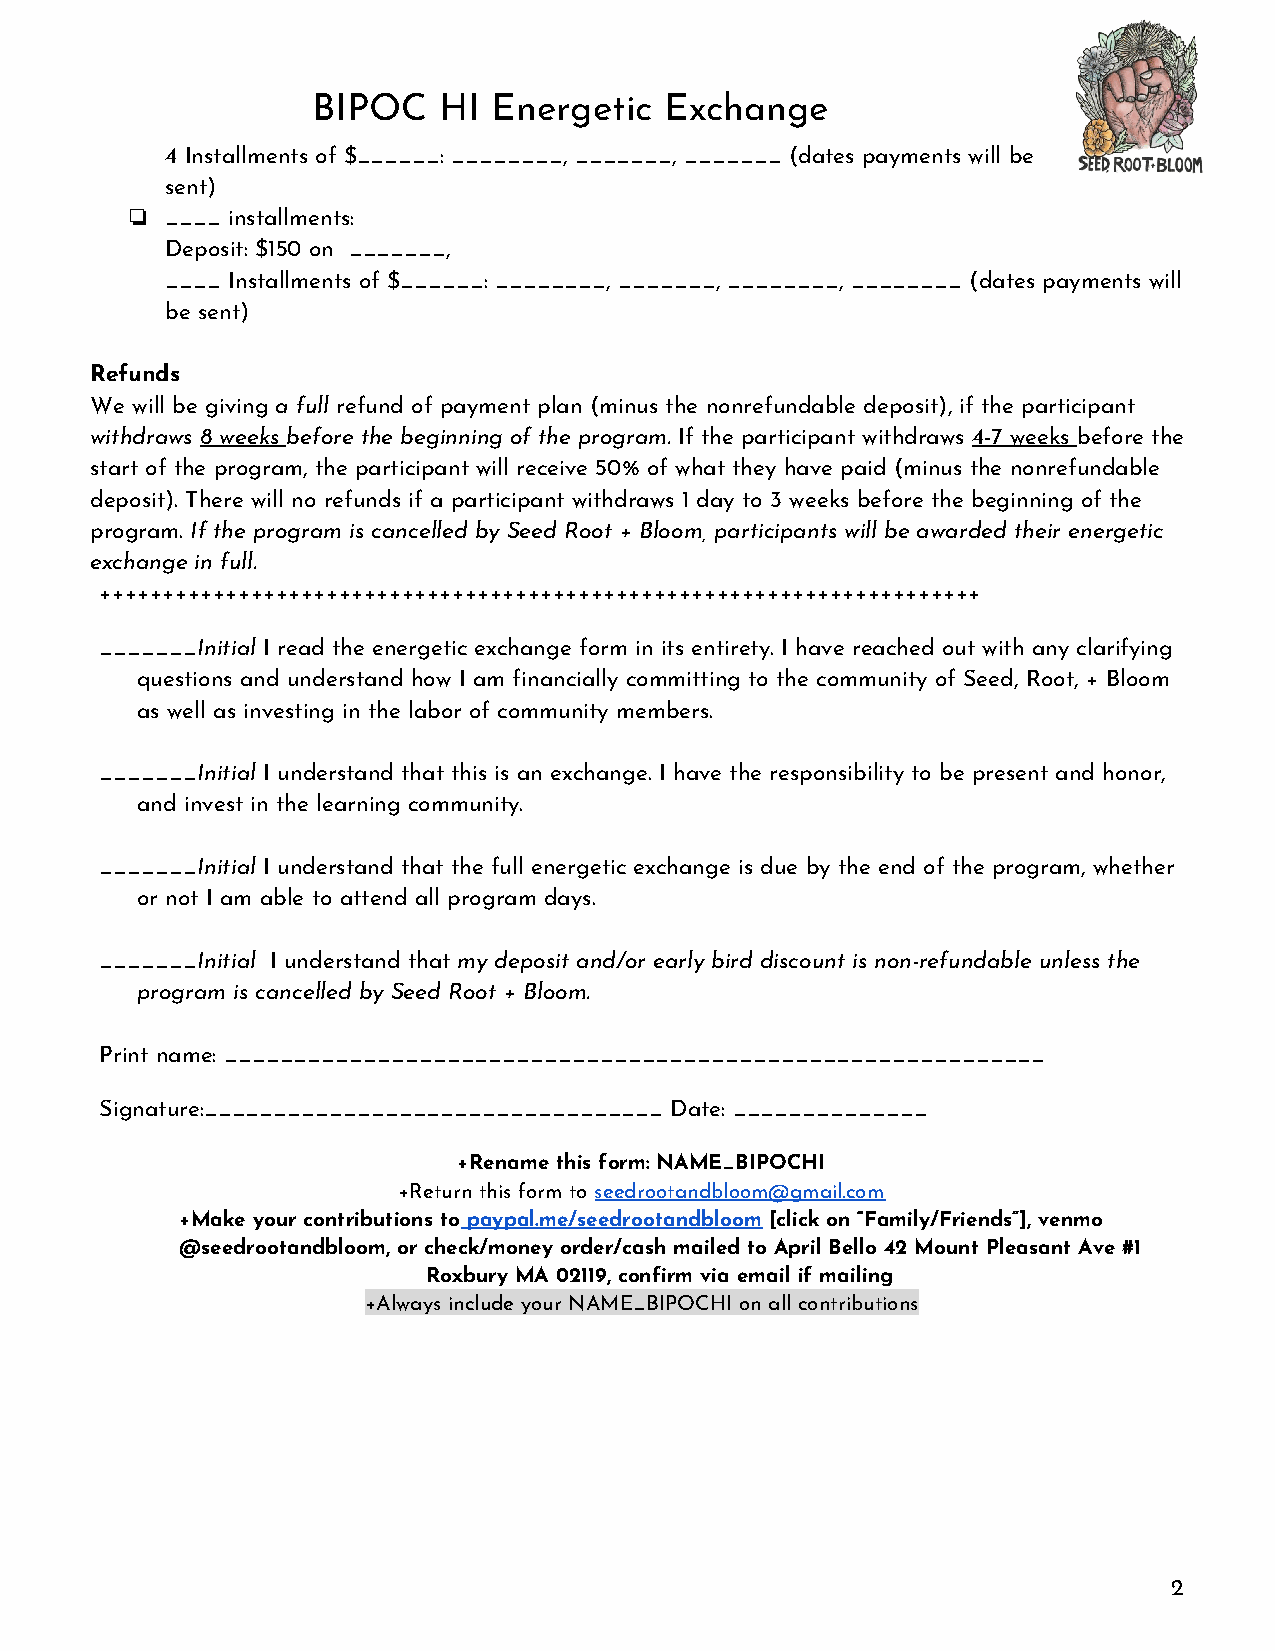
BIPOC   HI  Energetic  Exchange
 4 Installments of $______: ________, _______, _______ (dates payments will be
 sent)
 ❏  ____ installments:
 Deposit: $150 on _______,
 ____ Installments of $______: ________, _______, ________, ________ (dates payments will
 be sent)
 Refunds
 We will be giving a full refund of payment plan (minus the nonrefundable deposit), if the participant
 ​  ​
 withdraws 8 weeks before the beginning of the program. If the participant withdraws 4-7 weeks before the
 ​     ​                         ​                  ​      ​
 start of the program, the participant will receive 50% of what they have paid (minus the nonrefundable
 deposit). There will no refunds if a participant withdraws 1 day to 3 weeks before the beginning of the
 program. If the program is cancelled by Seed Root + Bloom, participants will be awarded their energetic
 ​
 exchange in full.
 ++++++++++++++++++++++++++++++++++++++++++++++++++++++++++++++++++++++
 _______Initial I read the energetic exchange form in its entirety. I have reached out with any clarifying
 ​   ​
 questions and understand how I am financially committing to the community of Seed, Root, + Bloom
 as well as investing in the labor of community members.
 _______Initial I understand that this is an exchange. I have the responsibility to be present and honor,
 ​   ​
 and invest in the learning community.
 _______Initial I understand that the full energetic exchange is due by the end of the program, whether
 ​   ​
 or not I am able to attend all program days.
 _______Initial I understand that my deposit and/or early bird discount is non-refundable unless the
 ​    ​           ​​
 program is cancelled by Seed Root + Bloom.
 Print name: ___________________________________________________________
 Signature:_________________________________ Date: ______________
 +Rename this form: NAME_BIPOCHI
 +Return this form to seedrootandbloom@gmail.com
 ​
 +Make your contributions to paypal.me/seedrootandbloom [click on “Family/Friends”], venmo
 ​                   ​
 @seedrootandbloom, or check/money order/cash mailed to April Bello 42 Mount Pleasant Ave #1
 Roxbury MA 02119, confirm via email if mailing
 +Always include your NAME_BIPOCHI on all contributions
 2